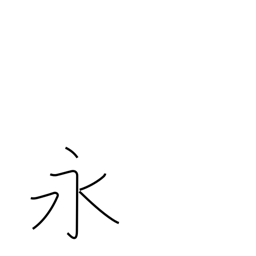
Meaning: long